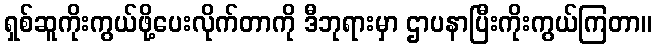
ရှစ်ဆူကိုးကွယ်ဖို့ပေးလိုက်တာကို ဒီဘုရားမှာ ဌာပနာပြီးကိုးကွယ်ကြတာ။